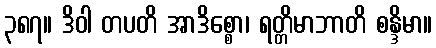
၃၈၇။ ဒိဝါ တပတိ အာဒိစ္စော၊ ရတ္တိမာဘာတိ စန္ဒိမာ။